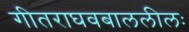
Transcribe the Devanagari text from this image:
गीतराघवबाललीलः